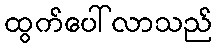
ထွက်ပေါ်လာသည်